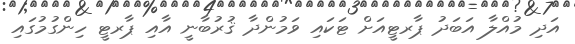
އަދި މުއްލާ އަބަދު ޕާރޓީއަށް ޓަކައި ވަމުންދާ ޤުރުބާނީ އާއި ޕާރޓީ ހިންގުމުގައި